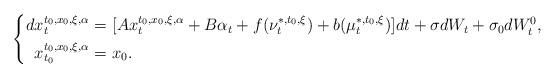
LaTeX: \begin{align*}\left\{\begin{aligned}dx_t^{t_0,x_0,\xi,\alpha}=&~[Ax_t^{t_0,x_0,\xi,\alpha}+B\alpha_t+f(\nu_t^{*,t_0,\xi})+b(\mu_t^{*,t_0,\xi})]dt+\sigma dW_t+\sigma_0dW^0_t,\\x_{t_0}^{t_0,x_0,\xi,\alpha}=&~x_0.\end{aligned}\right.\end{align*}